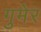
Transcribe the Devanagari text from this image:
गुमेर